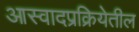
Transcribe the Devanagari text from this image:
आस्वादप्रक्रियेतील